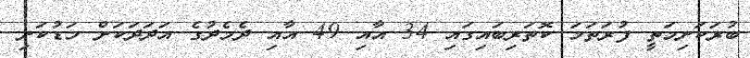
ބުރަކަށިމަތީ ފުރަތަމަ ކޮތަރިބައިގައި 34 އާއި 49 އާއި ދެމެދުގެ އަދަދަަކަށް މަޑުކަށި